Report of the veterinary officer investigating camel disease
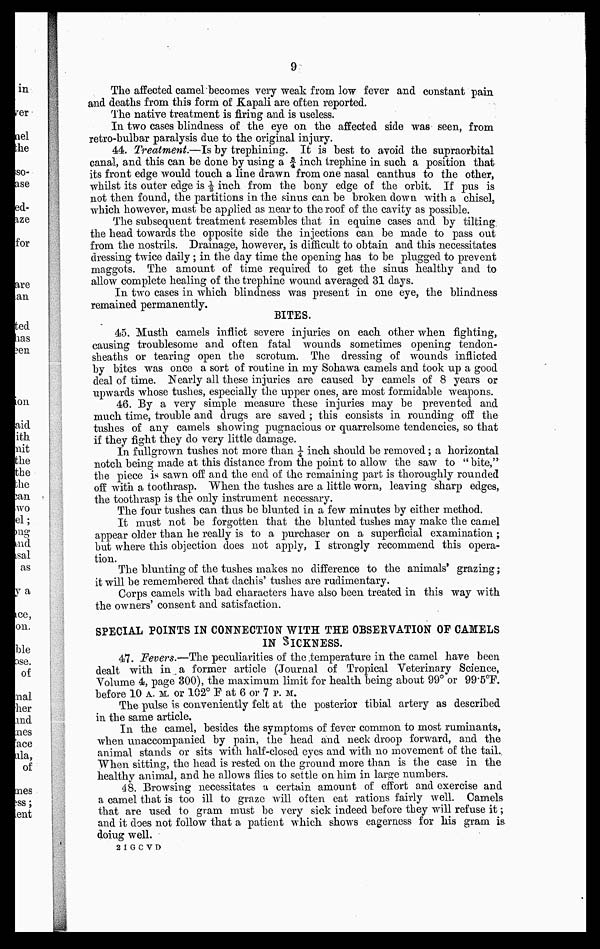
9
The affected camel becomes very weak from low fever and constant pain
and deaths from this form of Kapali are often reported.
The native treatment is firing and is useless.
In two cases blindness of the eye on the affected side was seen, from
retro-bulbar paralysis due to the original injury.
44. Treatment.—Is by trephining. It is best to avoid the supraorbital
canal, and this can be done by using a ¾ inch trephine in such a position that
its front edge would touch a line drawn from one nasal canthus to the other,
whilst its outer edge is ½ inch from the bony edge of the orbit. If pus is
not then found, the partitions in the sinus can be broken down with a chisel,
which however, mast be applied as near to the roof of the cavity as possible.
The subsequent treatment resembles that in equine cases and by tilting,
the head towards the opposite side the injections can be made to pass out
from the nostrils. Drainage, however, is difficult to obtain and this necessitates
dressing twice daily ; in the day time the opening has to be plugged to prevent
maggots. The amount of time required to get the sinus healthy and to
allow complete healing of the trephine wound averaged 31 days.
In two cases in which blindness was present in one eye, the blindness
remained permanently.
BITES.
45. Musth camels inflict severe injuries on each other when fighting,
causing troublesome and often fatal wounds sometimes opening tendon-
sheaths or tearing open the scrotum. The dressing of wounds inflicted
by bites was once a sort of routine in my Sohawa camels and took up a good
deal of time. Nearly all these injuries are caused by camels of 8 years or
upwards whose tushes, especially the upper ones, are most formidable weapons.
46. By a very simple measure these injuries may be prevented and
much time, trouble and drugs are saved ; this consists in rounding off the
tushes of any camels showing pugnacious or quarrelsome tendencies, so that
if they fight they do very little damage.
In fullgrown tushes not more than ¼ inch should be removed ; a horizontal
notch being made at this distance from the point to allow the saw to "bite,"
the piece is sawn off and the end of the remaining part is thoroughly rounded
off with a toothrasp. When the tushes are a little worn, leaving sharp edges,
the toothrasp is the only instrument necessary.
The four tushes can thus be blunted in a few minutes by either method.
It must not be forgotten that the blunted tushes may make the camel
appear older than he really is to a purchaser on a superficial examination ;
but where this objection does not apply, I strongly recommend this opera-
tion.
The blunting of the tushes makes no difference to the animals' grazing ;
it will be remembered that dachis' tushes are rudimentary.
Corps camels with bad characters have also been treated in this way with
the owners' consent and satisfaction.
SPECIAL POINTS IN CONNECTION WITH THE OBSERVATION OP CAMELS
IN SICKNESS.
47. Fevers.—The peculiarities of the temperature in the camel have been
dealt with in a former article (Journal of Tropical Veterinary Science,
Volume 4, page 300), the maximum limit for health being about 99° or 99.5°F.
before 10 A. M. or 102° F at 6 or 7 P.M.
The pulse is conveniently felt at the posterior tibial artery as described
in the same article.
In the camel, besides the symptoms of fever common to most ruminants,
when unaccompanied by pain, the head and neck droop forward, and the
animal stands or sits with half-closed eyes and with no movement of the tail.
When sitting, the head is rested on the ground more than is the case in the
healthy animal, and he allows flies to settle on him in large numbers.
48. Browsing necessitates a certain amount of effort and exercise and
a camel that is too ill to graze will often eat rations fairly well. Camels
that are used to gram must be very sick indeed before they will refuse it ;
and it does not follow that a patient which shows eagerness for his gram is
doiug well.
2 I G C V D